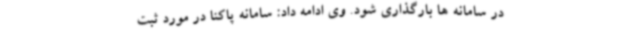
در سامانه ها بارگذاری شود. وی ادامه داد: سامانه پاکنا در مورد ثبت